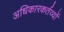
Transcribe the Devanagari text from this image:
अधिकारकर्तव्यों